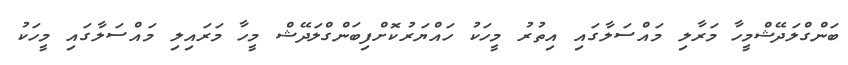
ބަންގްލަދޭޝްމީހާ މަރާލި މައްސަލާގައި އިތުރު މީހަކު ހައްޔަރުކޮށްފިބަންގްލަދޭޝް މީހާ މަރައިލި މައްސަލާގައި މީހަކު